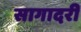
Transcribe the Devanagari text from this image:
सागादरी